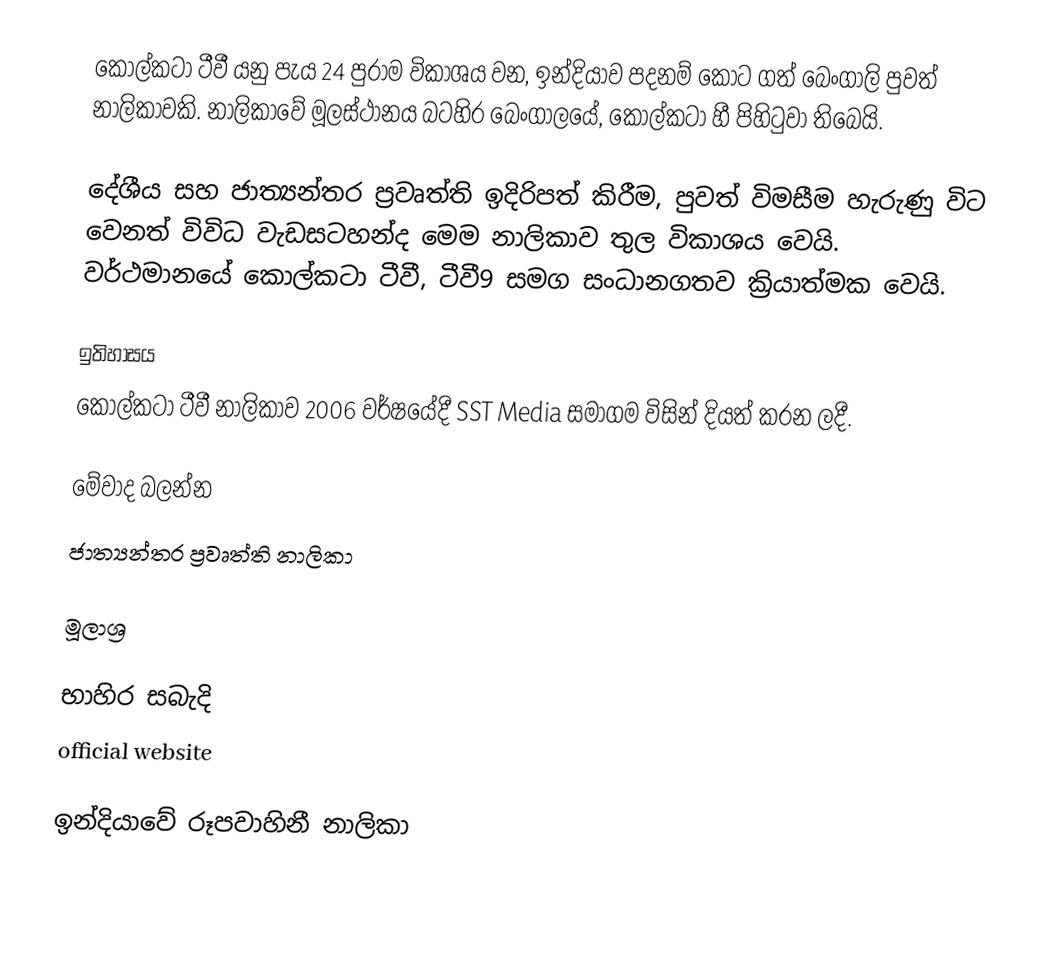
කොල්කටා ටීවී යනු පැය 24 පුරාම විකාශය වන, ඉන්දියාව පදනම් කොට ගත් බෙංගාලි පුවත් නාලිකාවකි. නාලිකාවේ මූලස්ථානය බටහිර බෙංගාලයේ, කොල්කටා හී පිහිටුවා තිබෙයි.

දේශීය සහ ජාත්‍යන්තර ප්‍රවෘත්ති ඉදිරිපත් කිරීම, පුවත් විමසීම හැරුණු විට වෙනත් විවිධ වැඩසටහන්ද මෙම නාලිකාව තුල විකාශය වෙයි. වර්ථමානයේ කොල්කටා ටීවී, ටීවී9 සමග සංධානගතව ක්‍රියාත්මක වෙයි.

ඉතිහාසය
කොල්කටා ටීවී නාලිකාව 2006 වර්ෂයේදී SST Media සමාගම විසින් දියත් කරන ලදී.

මේවාද බලන්න
 ජාත්‍යන්තර ප්‍රවෘත්ති නාලිකා

මූලාශ්‍ර

භාහිර සබැදි
official website

ඉන්දියාවේ රූපවාහිනී නාලිකා